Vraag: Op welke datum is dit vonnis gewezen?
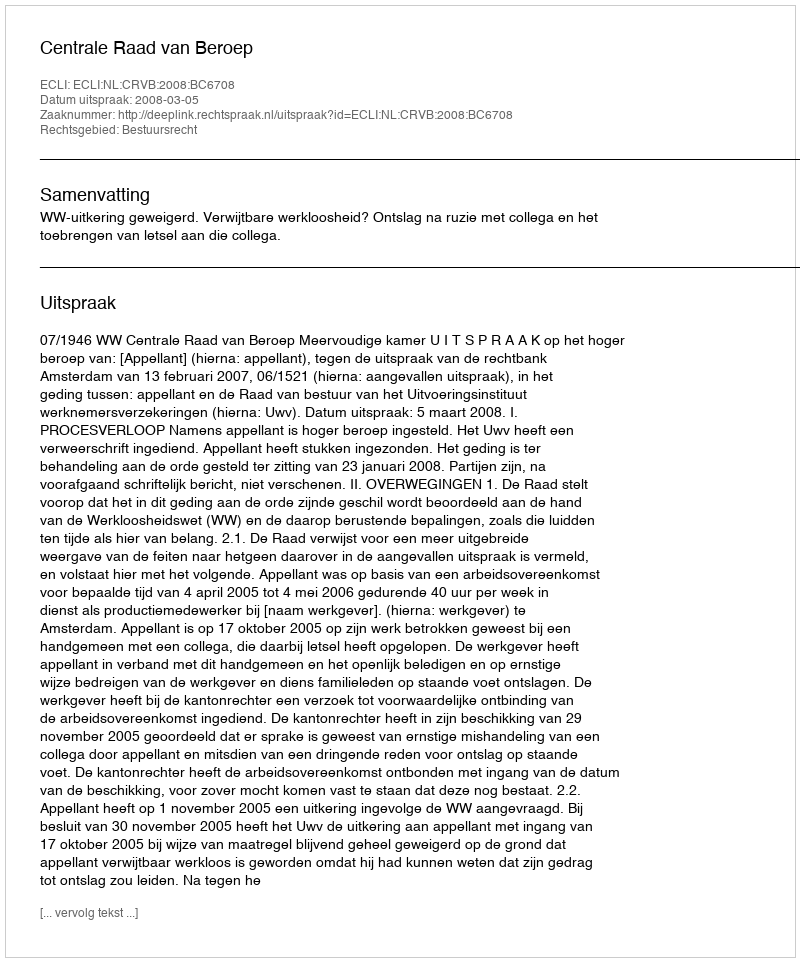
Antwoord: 2008-03-05